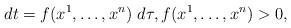
LaTeX: \begin{align*} dt=f(x^1,\ldots,x^n)\ d\tau, f(x^1,\ldots,x^n)>0, \end{align*}